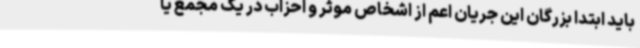
باید ابتدا بزرگان این جریان اعم از اشخاص موثر و احزاب در یک مجمع یا